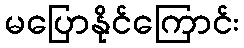
မပြောနိုင်ကြောင်း